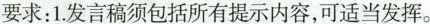
要求：1.发言稿须包括所有提示内容，可适当发挥。